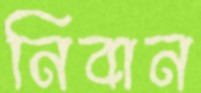
নিবান